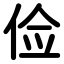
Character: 俭